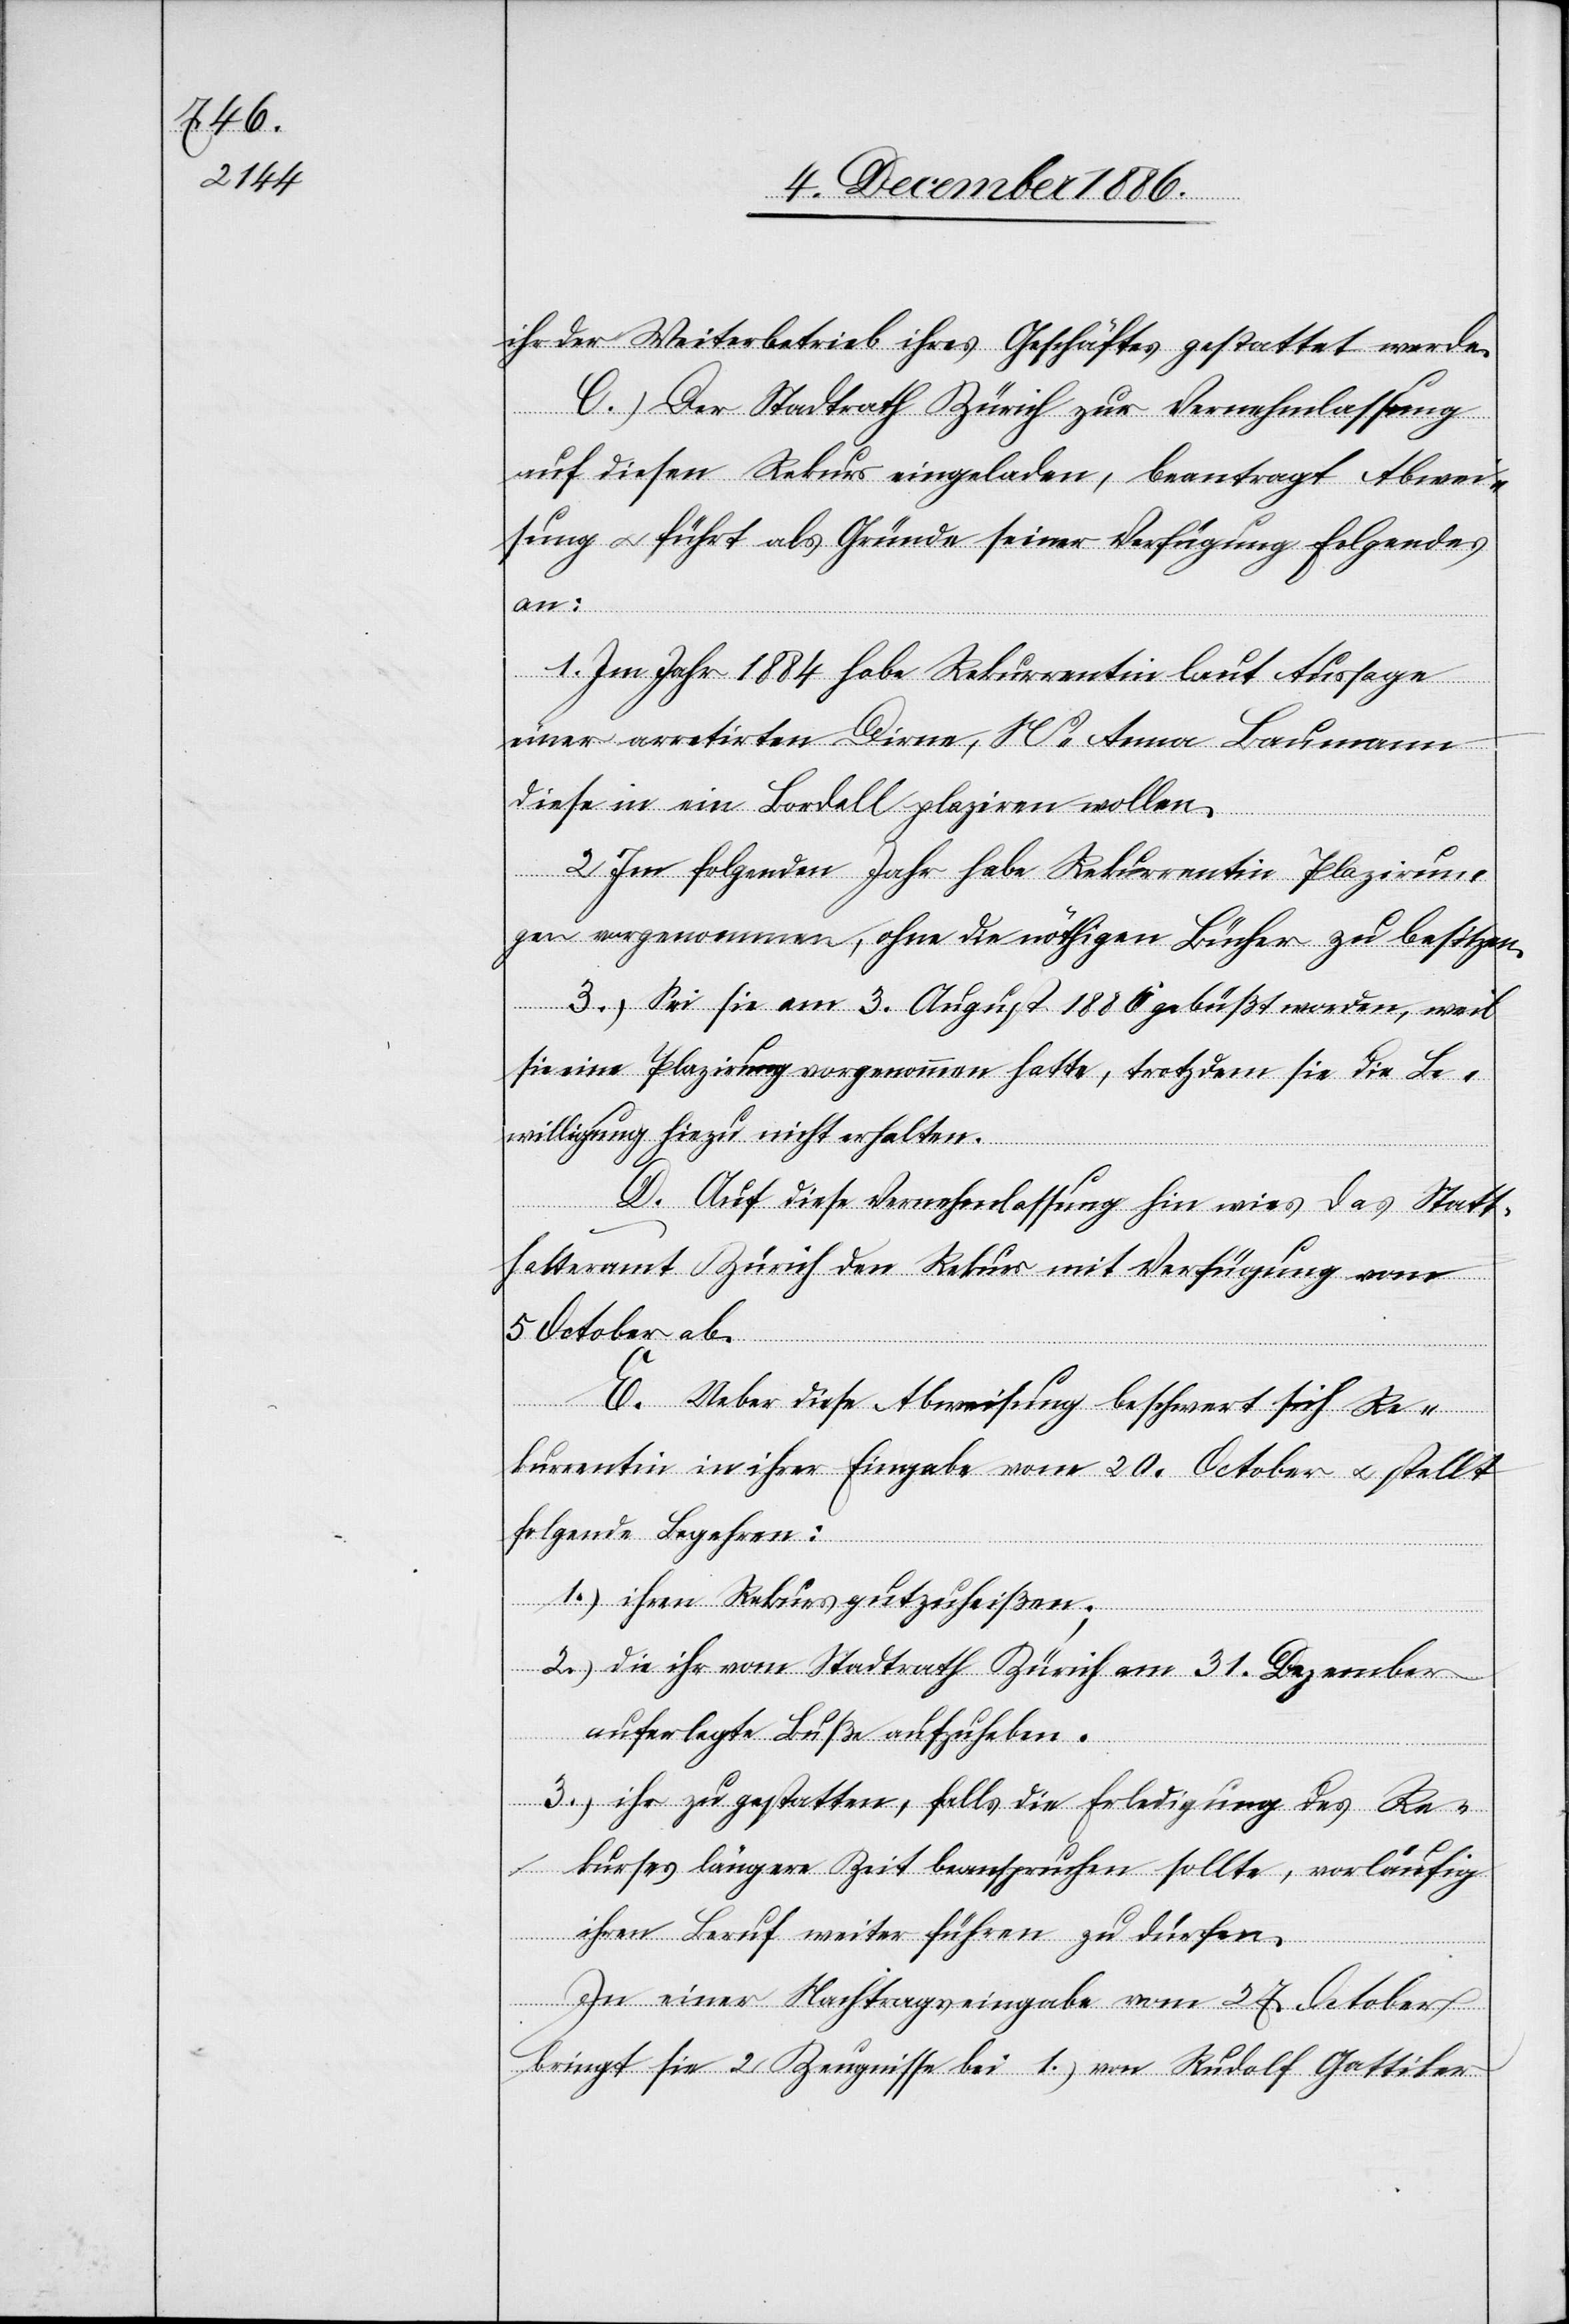
ihr der Weiterbetrieb ihres Geschäftes gestattet werde.
C. Der Stadtrath Zürich zur Vernehmlassung
auf diesen Rekurs eingeladen, beantragt Abwei¬
sung & führt als Gründe seiner Verfügung Folgendes
an:
1. Im Jahr 1884 habe Rekurrentin laut Aussage
einer arretirten Dirne, Ms Anna Baumann
diese in ein Bordell plaziren wollen.
2. Im folgenden Jahr habe Rekurrentin Plazirun¬
gen vorgenommen, ohne die nöthigen Bücher zu besitzen.
3. Sei sie am 3. August 1886 gebüßt worden, weil
sie eine Plazirung vorgenommen hatte, trotzdem sie die Be¬
willigung hiezu nicht erhalten.
D. Auf diese Vernehmlassung hin wies das Statt¬
halteramt Zürich den Rekurs mit Verfügung vom
5. October ab.
E. Ueber diese Abweisung beschwert sich Re¬
kurrentin in ihrer Eingabe vom 20. October & stellt
folgende Begehren:
1.) ihren Rekurs gutzuheißen;
2.) die ihr vom Stadtrath Zürich am 31. Dezember
auferlegte Buße aufzuheben.
3.) ihr zu gestatten, falls die Erledigung des Re¬
kurses längere Zeit beanspruchen sollte, vorläufig
ihren Beruf weiter führen zu dürfen.
In einer Nachtragseingabe vom 27. October
bringt sie 2 Zeugnisse bei 1.) von Rudolf Gattiker